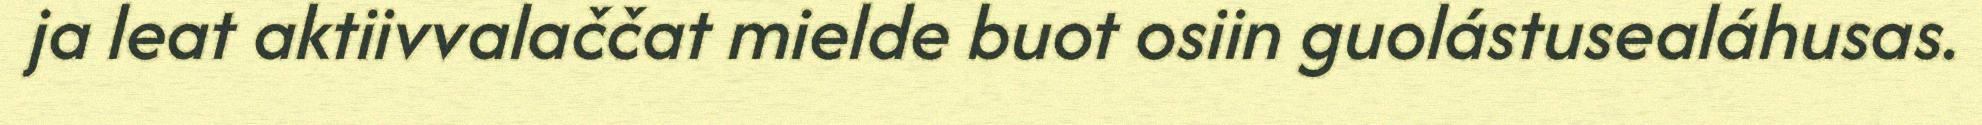
ja leat aktiivvalaččat mielde buot osiin guolástusealáhusas.